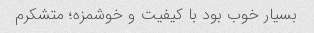
بسیار خوب بود با کیفیت و خوشمزه؛ متشکرم